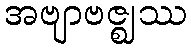
အဗျာဗဇ္ဈဿ